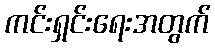
ကင်းရှင်းရေးအတွက်